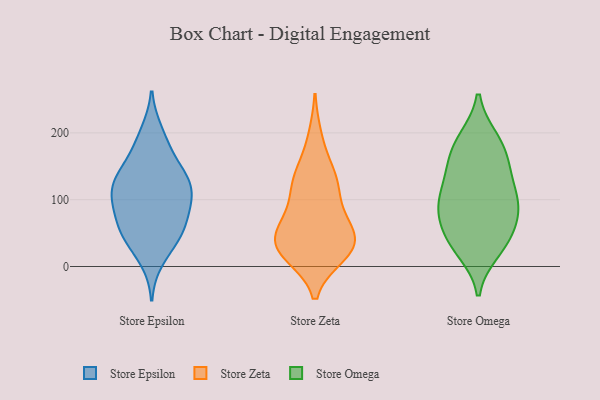
{"axis": {"x": "Shipments", "y": "Value"}, "legend": ["Store Epsilon", "Store Omega", "Store Zeta"], "data": [{"x": "", "y": 161, "type": "Store Epsilon"}, {"x": "", "y": 122, "type": "Store Epsilon"}, {"x": "", "y": 48, "type": "Store Epsilon"}, {"x": "", "y": 144, "type": "Store Epsilon"}, {"x": "", "y": 187, "type": "Store Epsilon"}, {"x": "", "y": 81, "type": "Store Epsilon"}, {"x": "", "y": 130, "type": "Store Epsilon"}, {"x": "", "y": 200, "type": "Store Epsilon"}, {"x": "", "y": 79, "type": "Store Epsilon"}, {"x": "", "y": 11, "type": "Store Epsilon"}, {"x": "", "y": 84, "type": "Store Epsilon"}, {"x": "", "y": 42, "type": "Store Epsilon"}, {"x": "", "y": 51, "type": "Store Epsilon"}, {"x": "", "y": 107, "type": "Store Epsilon"}, {"x": "", "y": 109, "type": "Store Epsilon"}, {"x": "", "y": 48, "type": "Store Epsilon"}, {"x": "", "y": 117, "type": "Store Epsilon"}, {"x": "", "y": 129, "type": "Store Epsilon"}, {"x": "", "y": 18, "type": "Store Zeta"}, {"x": "", "y": 20, "type": "Store Zeta"}, {"x": "", "y": 33, "type": "Store Zeta"}, {"x": "", "y": 124, "type": "Store Zeta"}, {"x": "", "y": 52, "type": "Store Zeta"}, {"x": "", "y": 42, "type": "Store Zeta"}, {"x": "", "y": 136, "type": "Store Zeta"}, {"x": "", "y": 73, "type": "Store Zeta"}, {"x": "", "y": 192, "type": "Store Zeta"}, {"x": "", "y": 137, "type": "Store Zeta"}, {"x": "", "y": 27, "type": "Store Zeta"}, {"x": "", "y": 81, "type": "Store Zeta"}, {"x": "", "y": 46, "type": "Store Zeta"}, {"x": "", "y": 26, "type": "Store Zeta"}, {"x": "", "y": 114, "type": "Store Zeta"}, {"x": "", "y": 23, "type": "Store Omega"}, {"x": "", "y": 97, "type": "Store Omega"}, {"x": "", "y": 98, "type": "Store Omega"}, {"x": "", "y": 115, "type": "Store Omega"}, {"x": "", "y": 143, "type": "Store Omega"}, {"x": "", "y": 95, "type": "Store Omega"}, {"x": "", "y": 152, "type": "Store Omega"}, {"x": "", "y": 191, "type": "Store Omega"}, {"x": "", "y": 77, "type": "Store Omega"}, {"x": "", "y": 59, "type": "Store Omega"}, {"x": "", "y": 148, "type": "Store Omega"}, {"x": "", "y": 50, "type": "Store Omega"}, {"x": "", "y": 89, "type": "Store Omega"}, {"x": "", "y": 37, "type": "Store Omega"}, {"x": "", "y": 190, "type": "Store Omega"}, {"x": "", "y": 178, "type": "Store Omega"}, {"x": "", "y": 29, "type": "Store Omega"}]}